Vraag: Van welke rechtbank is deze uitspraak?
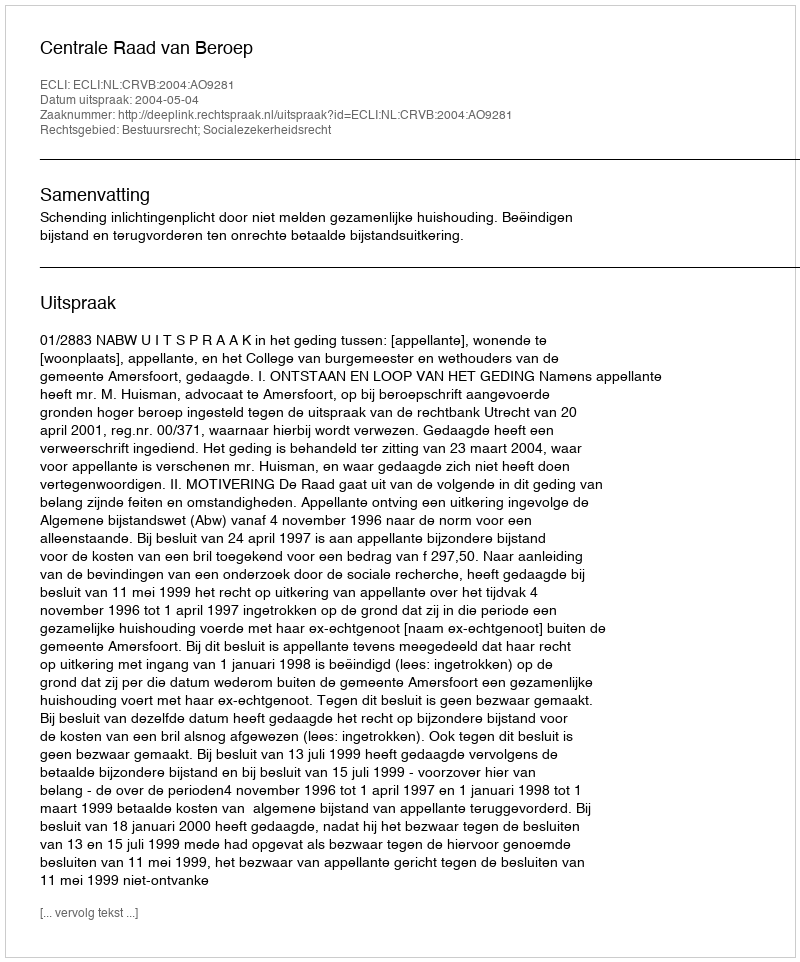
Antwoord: Centrale Raad van Beroep